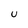
Character: U